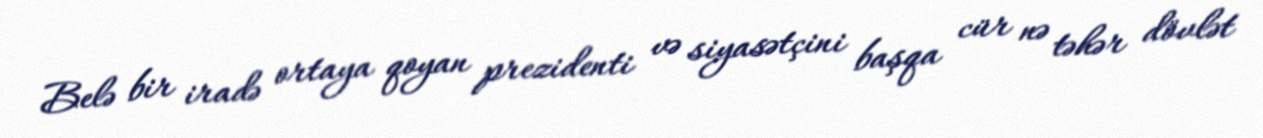
Belə bir iradə ortaya qoyan prezidenti və siyasətçini başqa cür nə təhər dövlət